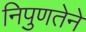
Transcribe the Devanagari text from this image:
निपुणतेने